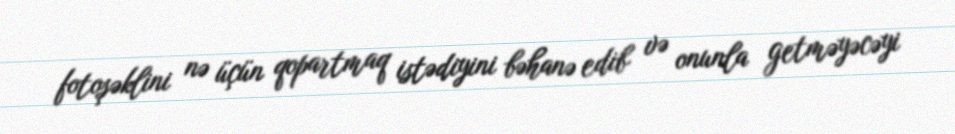
fotoşəklini nə üçün qopartmaq istədiyini bəhanə edib və onunla getməyəcəyi